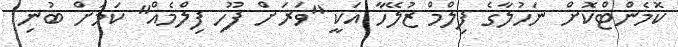
ކޮމެންޓްކޮށް ނަހުލާގެ ފިލްމް ޒުލޭހާ އަކީ "ވަރަށް ފޫހި ފިލްމެއް" ކަމަށް ބުނި